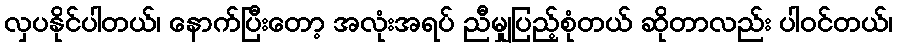
လှပနိုင်ပါတယ်၊ နောက်ပြီးတော့ အလုံးအရပ် ညီမျှပြည့်စုံတယ် ဆိုတာလည်း ပါဝင်တယ်၊